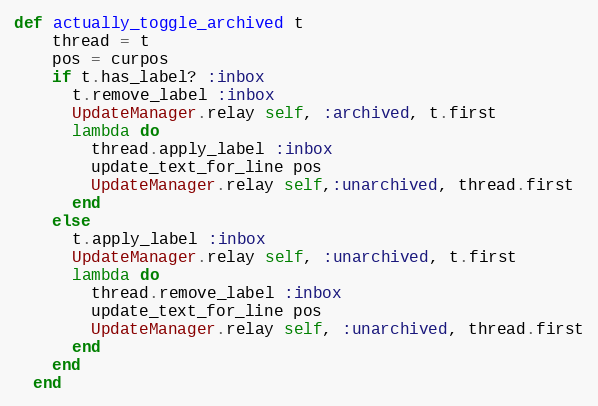
Language: Ruby
def actually_toggle_archived t
    thread = t
    pos = curpos
    if t.has_label? :inbox
      t.remove_label :inbox
      UpdateManager.relay self, :archived, t.first
      lambda do
        thread.apply_label :inbox
        update_text_for_line pos
        UpdateManager.relay self,:unarchived, thread.first
      end
    else
      t.apply_label :inbox
      UpdateManager.relay self, :unarchived, t.first
      lambda do
        thread.remove_label :inbox
        update_text_for_line pos
        UpdateManager.relay self, :unarchived, thread.first
      end
    end
  end